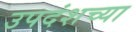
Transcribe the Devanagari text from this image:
उपदंशच्या